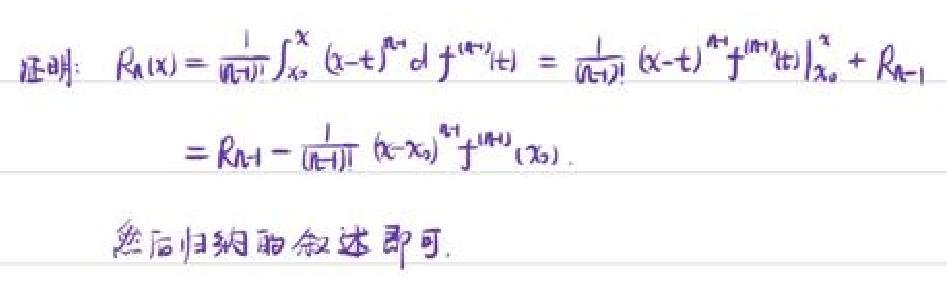
证明：$R_n(x)=\frac{1}{n!}\int_{x_0}^{x}(x - t)^n df^{(n - 1)}(t)=\frac{1}{(n - 1)!}(x - t)^{n - 1}f^{(n - 1)}(t)\big|_{x_0}^{x}+R_{n - 1}$
$=R_{n - 1}-\frac{1}{(n - 1)!}(x - x_0)^{n - 1}f^{(n - 1)}(x_0).$

然后归纳的叙述即可.